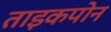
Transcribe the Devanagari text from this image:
ताइकपोन